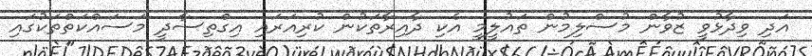
އަދި ވިދާޅުވީ ޒުވާން މުސްލިމުން ތައުލީމީ އެކި ދާއިރާތަކުން ކުރިއަރައި އިގްތިސާދީ މަސައްކަތްތަކުގައި